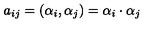
a _ { i j } = ( \alpha _ { i } , \alpha _ { j } ) = \alpha _ { i } \cdot \alpha _ { j }